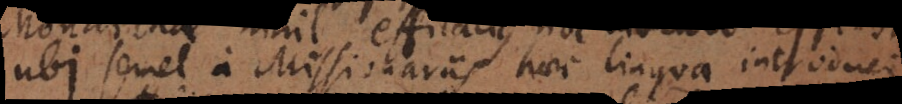
ubi semel a Missionariis haec lingua introduci